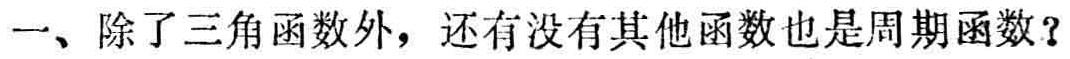
一、除了三角函数外，还有没有其他函数也是周期函数？